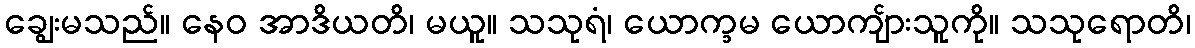
ချွေးမသည်။ နေဝ အာဒိယတိ၊ မယူ။ သသုရံ၊ ယောက္ခမ ယောကျ်ားသူကို။ သသုရောတိ၊